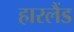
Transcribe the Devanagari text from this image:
हारलैंड